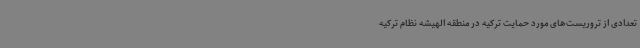
تعدادی از تروریست‌های مورد حمایت ترکیه در منطقه الهیشه نظام ترکیه